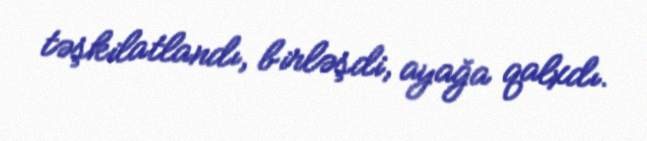
təşkilatlandı, birləşdi, ayağa qalxdı.